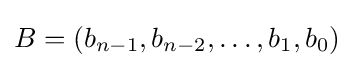
B=(b_{n-1},b_{n-2},\dots ,b_{1},b_{0})